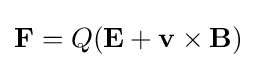
\mathbf {F} =Q(\mathbf {E} +\mathbf {v} \times \mathbf {B} )